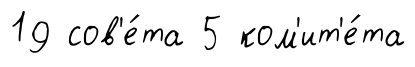
19 сов'е́та 5 ком'ит'е́та